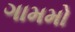
ગામમો